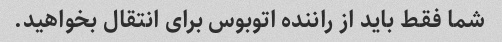
شما فقط باید از راننده اتوبوس برای انتقال بخواهید.